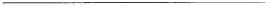
___